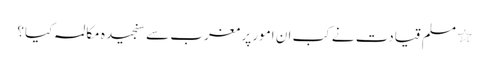
٭ مسلم قیادت نے کب ان امور پر مغرب سے سنجیدہ مکالمہ کیا؟